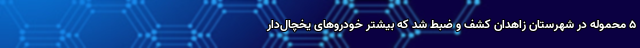
۵ محموله در شهرستان زاهدان کشف و ضبط شد که بیشتر خودروهای یخچال‌دار